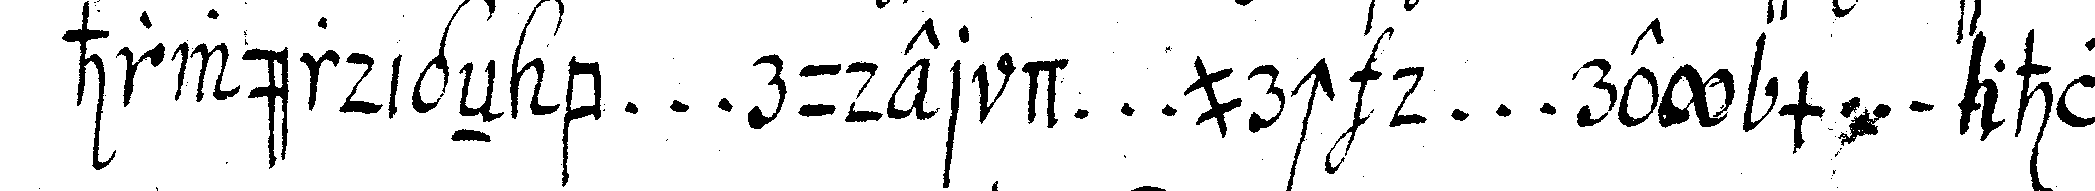
hrwürdigeN b ... ruder d ... urch d ... rey m ... ahl